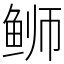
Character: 𫚕